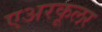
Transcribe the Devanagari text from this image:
एअरकूलर